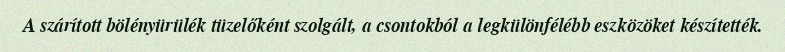
A szárított bölényürülék tüzelőként szolgált, a csontokból a legkülönfélébb eszközöket készítették.